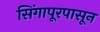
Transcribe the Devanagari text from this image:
सिंगापूरपासून